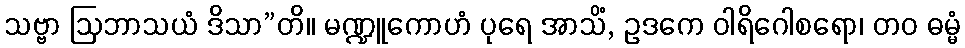
သဗ္ဗာ ဩဘာသယံ ဒိသာ”တိ။ မဏ္ဍူကောဟံ ပုရေ အာသိံ, ဥဒကေ ဝါရိဂေါစရော၊ တဝ ဓမ္မံ